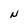
Character: N